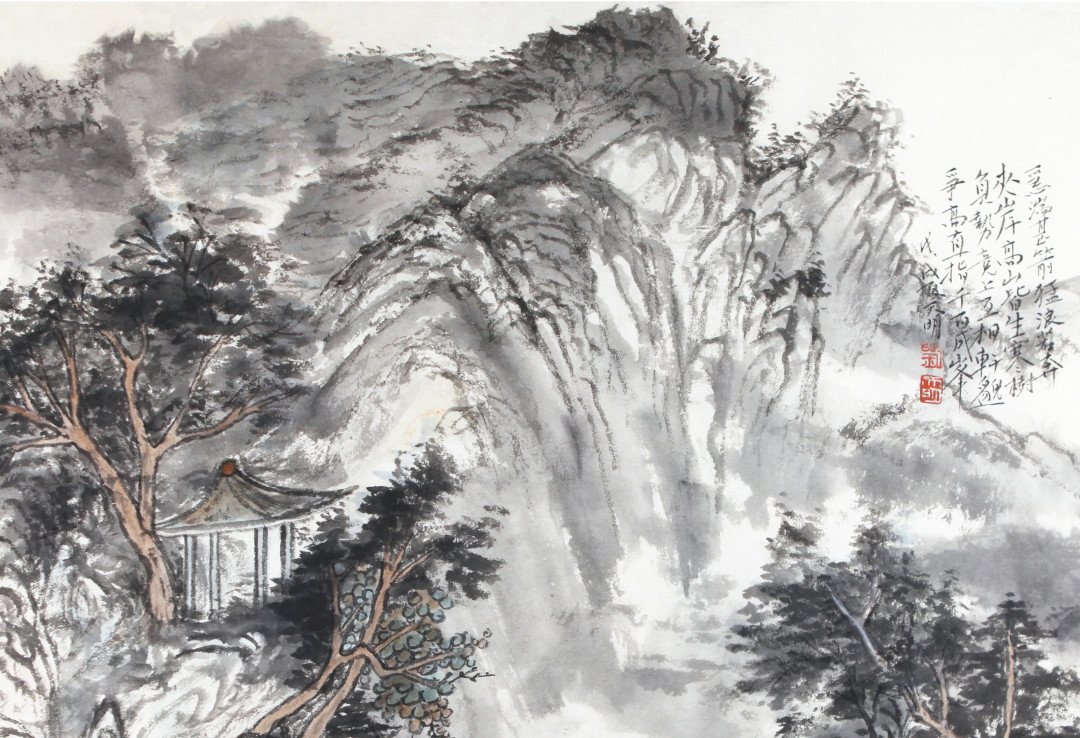
疏条交映，有时见日。